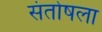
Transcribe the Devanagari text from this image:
संतोषला